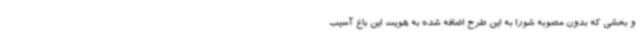
و بخشی که بدون مصوبه شورا به این طرح اضافه شده به هویت این باغ آسیب